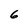
Character: 6